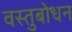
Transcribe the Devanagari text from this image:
वस्तुबोधन